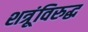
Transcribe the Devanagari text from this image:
शत्रूंविरुद्ध